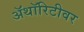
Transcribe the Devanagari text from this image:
ॲथॉरिटीवर